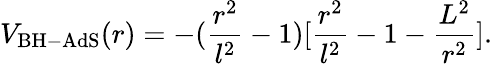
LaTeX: V_{\mathrm{BH-AdS}}(r)=-(\frac{r^{2}}{l^{2}}-1)[\frac{r^{2}}{l^{2}}-1-\frac{L^{2}}{r^{2}}].